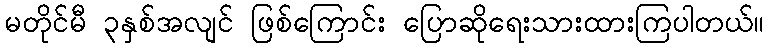
မတိုင်မီ ၃နှစ်အလျင် ဖြစ်ကြောင်း ပြောဆိုရေးသားထားကြပါတယ်။